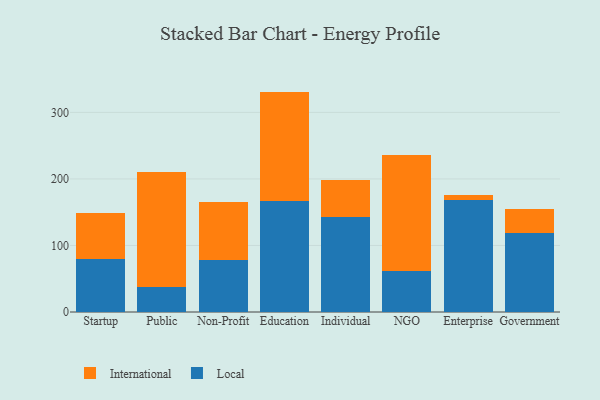
{"axis": {"x": "Segment", "y": "Tickets Resolved"}, "legend": ["International", "Local"], "data": [{"x": "Startup", "y": 79.1, "type": "Local"}, {"x": "Startup", "y": 69.1, "type": "International"}, {"x": "Public", "y": 37.1, "type": "Local"}, {"x": "Public", "y": 172.9, "type": "International"}, {"x": "Non-Profit", "y": 77.6, "type": "Local"}, {"x": "Non-Profit", "y": 88.5, "type": "International"}, {"x": "Education", "y": 166.9, "type": "Local"}, {"x": "Education", "y": 164.4, "type": "International"}, {"x": "Individual", "y": 143.0, "type": "Local"}, {"x": "Individual", "y": 55.4, "type": "International"}, {"x": "NGO", "y": 61.2, "type": "Local"}, {"x": "NGO", "y": 174.3, "type": "International"}, {"x": "Enterprise", "y": 168.8, "type": "Local"}, {"x": "Enterprise", "y": 7.1, "type": "International"}, {"x": "Government", "y": 119.3, "type": "Local"}, {"x": "Government", "y": 36.0, "type": "International"}]}